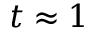
t \approx 1